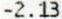
-2.13